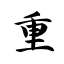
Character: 重